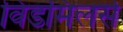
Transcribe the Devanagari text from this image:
विंडमिलर्स